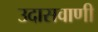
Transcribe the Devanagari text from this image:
उदासवाणी